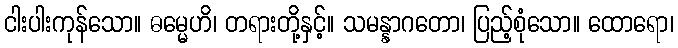
ငါးပါးကုန်သော။ ဓမ္မေဟိ၊ တရားတို့နှင့်။ သမန္နာဂတော၊ ပြည့်စုံသော။ ထောရော၊